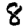
Digit: 8